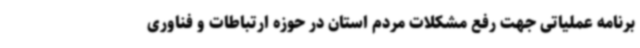
برنامه عملیاتی جهت رفع مشکلات مردم استان در حوزه ارتباطات و فناوری